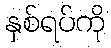
နှစ်ရပ်ကို